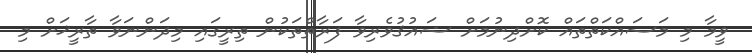
ވީމާ މި މަސައްކަތްތައް ކޮށްދިނުމަށް ޝައުޤުވެރިވާ ފަރާތްތަކުން ތިރީގައި މިދަންނަވާ ތާރީޚަށް މި